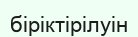
біріктірілуін